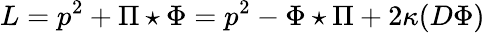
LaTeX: L=p^{2}+\Pi\star\Phi=p^{2}-\Phi\star\Pi+2\kappa(D\Phi)